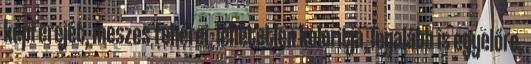
képi erejét, meszes fehérei, lehetetlen koloritja, legalább is egyelőre,